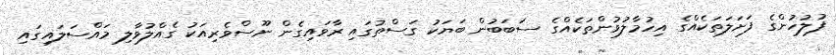
ފުލުހުންގެ ފަށަލަތަކެއްގެ އިހުމާލުވުންތަކެއްގެ ސަބަބުން ބަޔަކު ގަސްތުގައި ރާވައިގެން ނޫސްވެރިއަކު ގެއްލުވާލި މައްސަލައިގައި